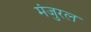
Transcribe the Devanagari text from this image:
मंजुरल